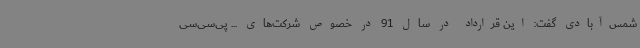
شمس‌آبادی گفت: این قرارداد در سال 91 در خصوص شرکت‌های ... پی‌سی‌سی